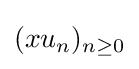
(xu_{n})_{n\geq 0}